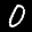
Label: 0